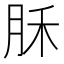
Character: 𣍩